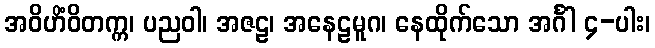
အဝိဟိံဝိတက္က၊ ပညဝါ၊ အဇဠ၊ အနေဠမူဂ၊ နေထိုက်သော အင်္ဂါ ၄-ပါး၊